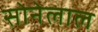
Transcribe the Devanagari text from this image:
सोनेलाल